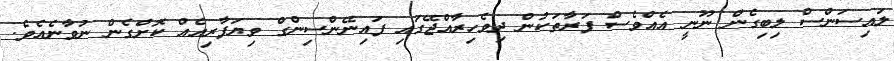
ލައިސަންސް ލިބިގެން ނޫނީ އެއްވެސް ފަރާތަކުން ދިވެހިރާއްޖޭގައި ފައިނޭންސިންގް ވިޔަފާރިއެއް ކޮށްގެން ނުވާނެއެވެ.